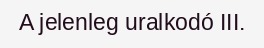
A jelenleg uralkodó III.